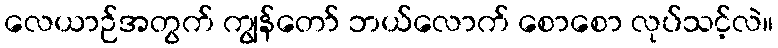
လေယာဉ်အတွက် ကျွန်တော် ဘယ်လောက် စောစော လုပ်သင့်လဲ။